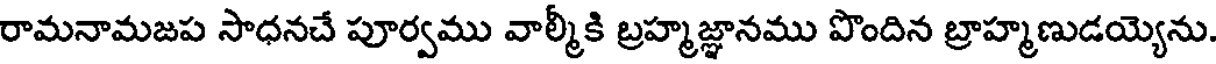
రామనామజప సాధనచే పూర్వము వాల్మీకి బ్రహ్మజ్ఞానము పొందిన బ్రాహ్మణుడయ్యెను.